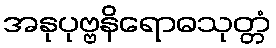
အနုပုဗ္ဗနိရောဓသုတ္တံ